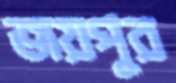
জয়পুর